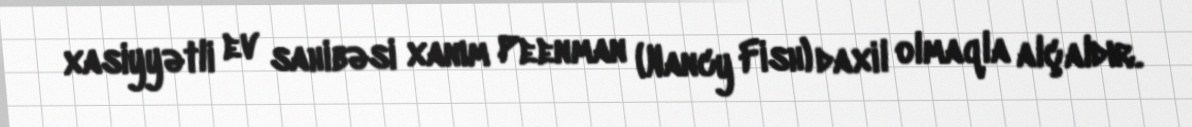
xasiyyətli ev sahibəsi xanım Peenman (Nancy Fish) daxil olmaqla alçaldır.